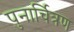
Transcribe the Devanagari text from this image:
पुनार्चित्रण